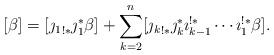
LaTeX: \begin{align*}[\beta] = [ {\jmath_1}_{!*}\jmath_1^*\beta] + \sum_{k=2}^{n} [{\jmath_{k}}_{!*}\jmath_{k}^*\imath_{k-1}^{!*}\cdots\imath_{1}^{!*}\beta].\end{align*}